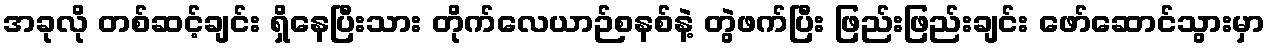
အခုလို တစ်ဆင့်ချင်း ရှိနေပြီးသား တိုက်လေယာဉ်စနစ်နဲ့ တွဲဖက်ပြီး ဖြည်းဖြည်းချင်း ဖော်ဆောင်သွားမှာ